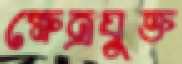
ক্ষেত্রযুক্ত